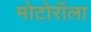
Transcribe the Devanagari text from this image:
मोटोरॉला